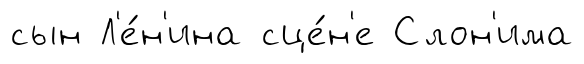
сын Л'е́н'ина сце́н'е Слон'има